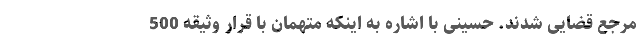
مرجع قضایی شدند. حسینی با اشاره به اینکه متهمان با قرار وثیقه 500